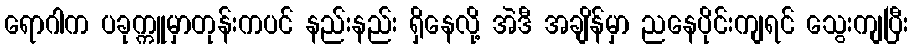
ရောဂါက ပခုက္ကူမှာတုန်းကပင် နည်းနည်း ရှိနေလို့ အဲဒီ အချိန်မှာ ညနေပိုင်းကျရင် သွေးကျပြီး